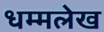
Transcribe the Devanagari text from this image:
धम्मलेख